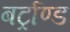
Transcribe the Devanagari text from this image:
बर्ट्राण्ड